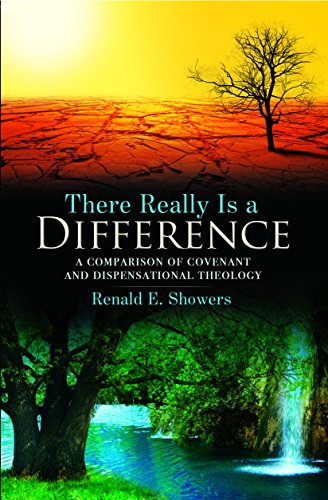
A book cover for There Really Is a Difference! A Comparison of Covenant and Dispensational Theology; Renald E. Showers; Christian Books & Bibles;